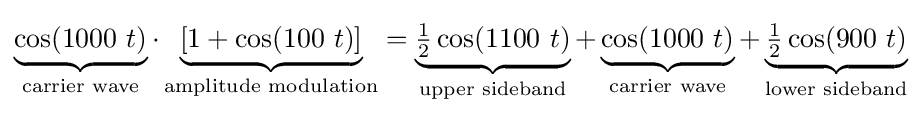
\underbrace {\cos(1000\ t)} _{\text{carrier wave}}\cdot \underbrace {[1+\cos(100\ t)]} _{\text{amplitude modulation}}=\underbrace {{\tfrac {1}{2}}\cos(1100\ t)} _{\text{upper sideband}}+\underbrace {\cos(1000\ t)} _{\text{carrier wave}}+\underbrace {{\tfrac {1}{2}}\cos(900\ t)} _{\text{lower sideband}}